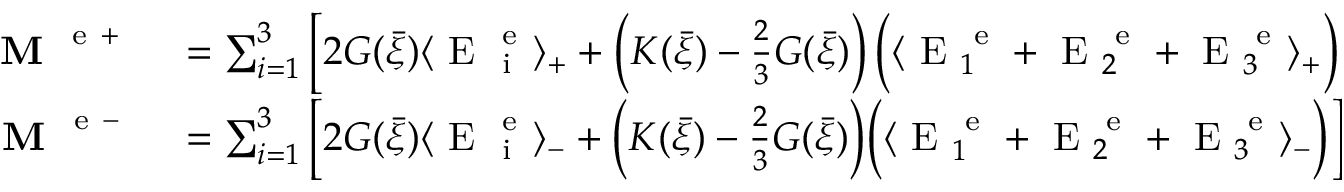
\begin{array} { r l } { \textbf { M } ^ { \mathrm { ~ e ~ + ~ } } } & { { } = \sum _ { i = 1 } ^ { 3 } \bigg [ 2 G ( \bar { \xi } ) \langle \mathrm { ~ E ~ } _ { \mathrm { ~ i ~ } } ^ { \mathrm { ~ e ~ } } \rangle _ { + } + \left( K ( \bar { \xi } ) - \frac { 2 } { 3 } G ( \bar { \xi } ) \right) \bigg ( \langle \mathrm { ~ E ~ } _ { 1 } ^ { \mathrm { ~ e ~ } } + \mathrm { ~ E ~ } _ { 2 } ^ { \mathrm { ~ e ~ } } + \mathrm { ~ E ~ } _ { 3 } ^ { \mathrm { ~ e ~ } } \rangle _ { + } \bigg ) \bigg ] { \bf r } _ { i } ^ { \mathrm { ~ e ~ } } \otimes { \bf r } _ { i } ^ { \mathrm { ~ e ~ } } } \\ { \textbf { M } ^ { \mathrm { ~ e ~ - ~ } } } & { { } = \sum _ { i = 1 } ^ { 3 } \Big [ 2 G ( \bar { \xi } ) \langle \mathrm { ~ E ~ } _ { \mathrm { ~ i ~ } } ^ { \mathrm { ~ e ~ } } \rangle _ { - } + \Big ( K ( \bar { \xi } ) - \frac { 2 } { 3 } G ( \bar { \xi } ) \Big ) \Big ( \langle \mathrm { ~ E ~ } _ { 1 } ^ { \mathrm { ~ e ~ } } + \mathrm { ~ E ~ } _ { 2 } ^ { \mathrm { ~ e ~ } } + \mathrm { ~ E ~ } _ { 3 } ^ { \mathrm { ~ e ~ } } \rangle _ { - } \Big ) \Big ] { \bf r } _ { i } ^ { \mathrm { ~ e ~ } } \otimes { \bf r } _ { i } ^ { \mathrm { ~ e ~ } } } \end{array}